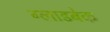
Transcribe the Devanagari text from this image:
ग्लाडबेक